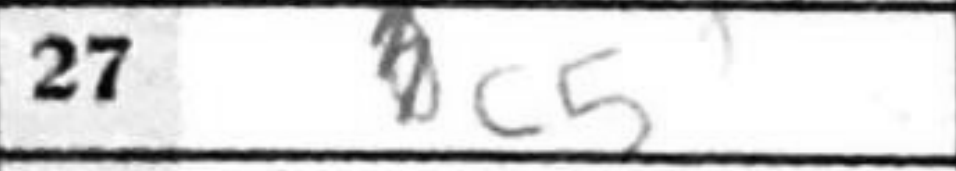
Transcription: c5